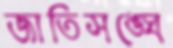
জাতিসঙ্ঘে